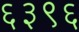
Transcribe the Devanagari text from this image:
६३९६